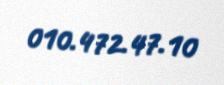
010.472.47.10